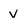
Character: v